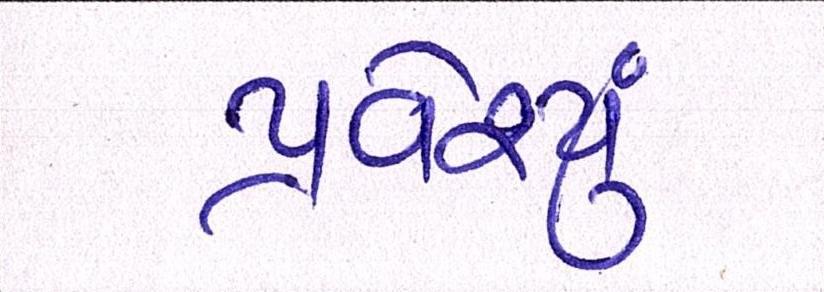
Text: પ્રવેશ્યું